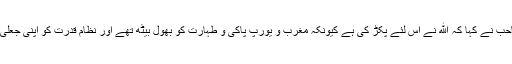
لفظوں کو موتی بنانے والے عبدﷲ بھٹی صاحب نے کہا کہ ﷲ نے اس لئے پکڑ کی ہے کیونکہ مغرب و یورپ پاکی و طہارت کو بھول بیٹھ تھے اور نظامِ قدرت کو اپنی جعلی طاقت سے چیلنج کرنا شروع ہو گئے تھے۔